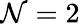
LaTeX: \mathcal{N}=2